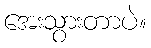
အေးသွားတာပဲ။